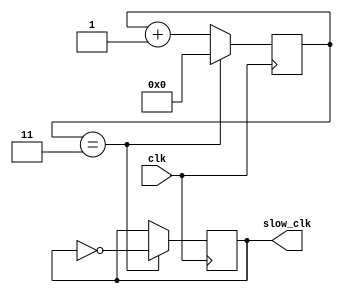
module ripple_counter_clock_divider (
    input wire clk,
    output reg slow_clk
);

parameter DIV_FACTOR = 4; // Specify the desired division factor

reg [31:0] count;

always @(posedge clk) begin
    if (count == DIV_FACTOR - 1) begin
        count <= 0; // Reset count when reaches desired division factor
        slow_clk <= ~slow_clk; // Toggle slow_clk output
    end else begin
        count <= count + 1; // Increment count on each rising edge of input clock
    end
end

endmodule